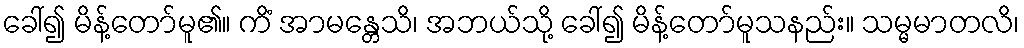
ခေါ်၍ မိန့်တော်မူ၏။ ကိံ အာမန္တေသိ၊ အဘယ်သို့ ခေါ်၍ မိန့်တော်မူသနည်း။ သမ္မမာတလိ၊